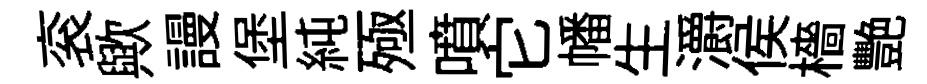
衮歟謾堡純殛噴它幡生灂侯檣艷